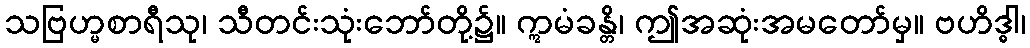
သဗြဟ္မစာရီသု၊ သီတင်းသုံးဘော်တို့၌။ ဣမံခန္တိ၊ ဤအဆုံးအမတော်မှ။ ဗဟိဒ္ဓါ၊